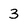
Character: 3